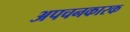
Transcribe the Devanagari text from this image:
अपचनकारक